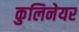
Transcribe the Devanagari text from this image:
कुलिनेयर